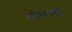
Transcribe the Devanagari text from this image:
मोलेण्डो